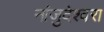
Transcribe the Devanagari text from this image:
नांजुदेश्‍वरा